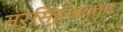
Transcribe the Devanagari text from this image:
नरसिंहअवतार